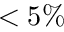
< 5 \%